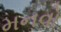
મનવો